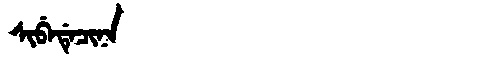
Manchu: ᠰᡳᠪᡝᡩᡝᠴᡳᠨᠠ
Romanization: SIBEDECINA